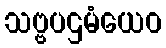
သဗ္ဗပဌမံယေဝ